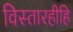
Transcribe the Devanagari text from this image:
विस्तारहीहि